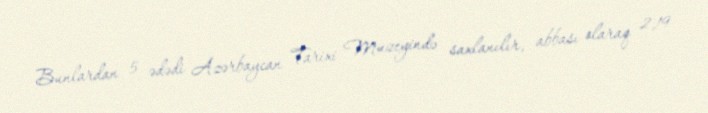
Bunlardan 5 ədədi Azərbaycan Tarixi Muzeyində saxlanılır, abbası olaraq 2,19